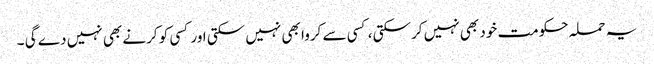
یہ حملہ حکومت خود بھی نہیں کرسکتی ، کسی سے کروا بھی نہیں سکتی اور کسی کو کرنے بھی نہیں دے گی ۔